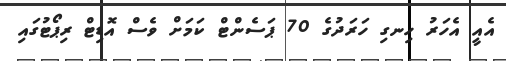
އެއީ އެހަރު ހިނގި ހަރަދުގެ 70 ޕަސެންޓް ކަމަށް ވެސް އޮޑިޓް ރިޕޯޓުގައި